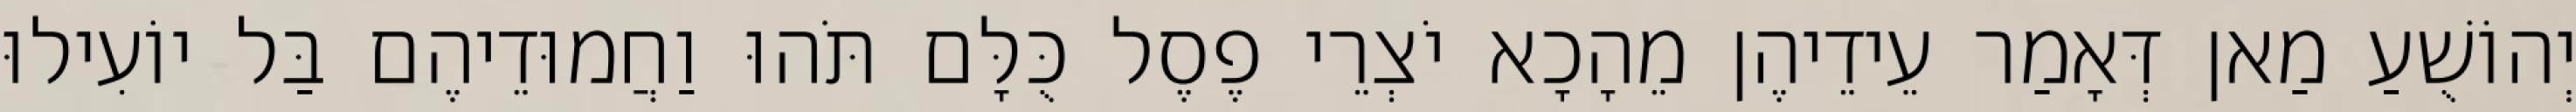
יְהוֹשֻׁעַ מַאן דְּאָמַר עֵידֵיהֶן מֵהָכָא יֹצְרֵי פֶסֶל כֻּלָּם תֹּהוּ וַחֲמוּדֵיהֶם בַּל יוֹעִילוּ